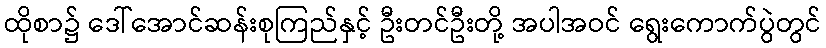
ထိုစာ၌ ဒေါ်အောင်ဆန်းစုကြည်နှင့် ဦးတင်ဦးတို့ အပါအဝင် ရွေးကောက်ပွဲတွင်